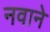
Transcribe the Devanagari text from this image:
नवाने